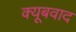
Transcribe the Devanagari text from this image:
क्यूबवाद